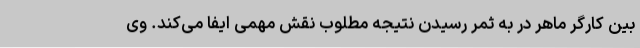
بین کارگر ماهر در به ثمر رسیدن نتیجه مطلوب نقش مهمی ایفا می‌کند. وی